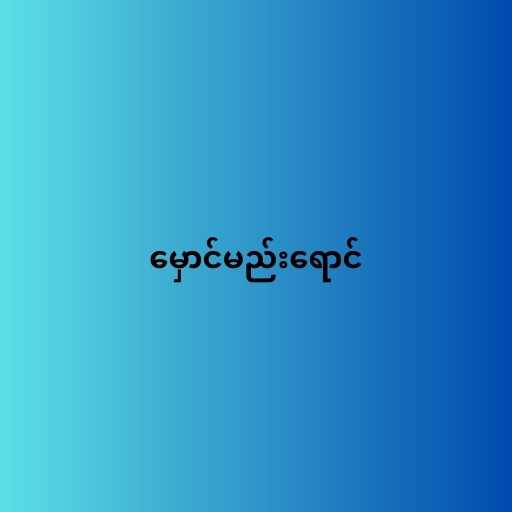
မှောင်မည်းရောင်